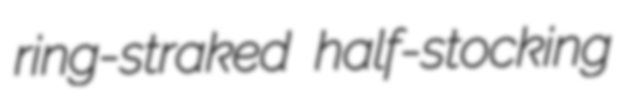
ring-straked half-stocking